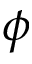
\phi